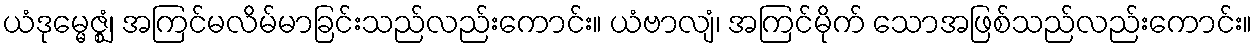
ယံဒုမ္မေဇ္ဈံ၊ အကြင်မလိမ်မာခြင်းသည်လည်းကောင်း။ ယံဗာလျံ၊ အကြင်မိုက် သောအဖြစ်သည်လည်းကောင်း။